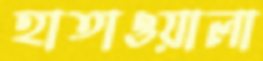
হাতাওয়ালা